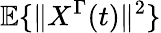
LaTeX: \mathbb{E}\{ \| X^{\Gamma}(t)\| ^{2}\}